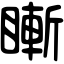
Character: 䁪